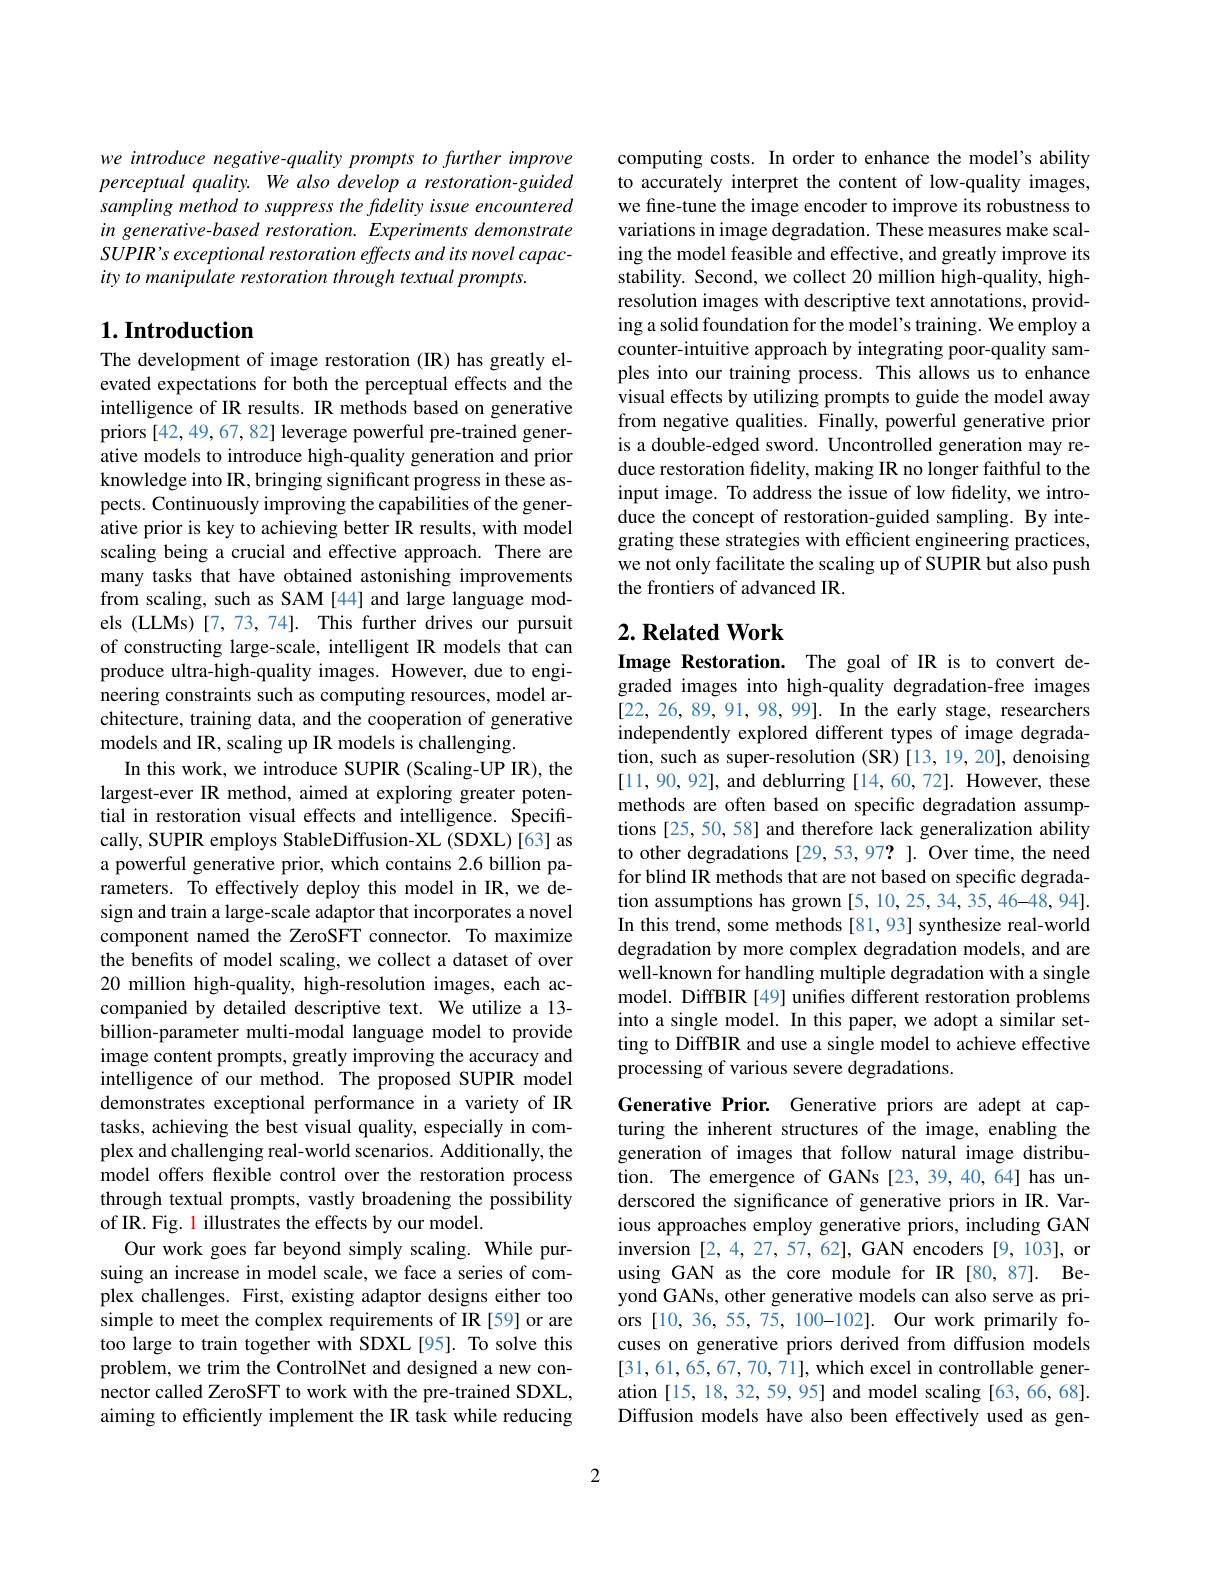
we introduce negative-quality prompts to further improve perceptual quality. We also develop a restoration-guided sampling method to suppress the fidelity issue encountered in generative-based restoration. Experiments demonstrate SUPIR' s exceptional restoration effects and its novel capacity to manipulate restoration through textual prompts.

## $1. \textbf{Introduction}$

The development of image restoration (IR) has greatly elevated expectations for both the perceptual effects and the intelligence of IR results. IR methods based on generative priors [42, 49, 67, 82] leverage powerful pre-trained generative models to introduce high-quality generation and prior knowledge into IR, bringing significant progress in these aspects. Continuously improving the capabilities of the generative prior is key to achieving better IR results, with model scaling being a crucial and effective approach. There are many tasks that have obtained astonishing improvements from scaling, such as SAM [44] and large language models (LLMs) [7,73,74]. This further drives our pursuit of constructing large-scale, intelligent IR models that can produce ultra-high-quality images. However, due to engineering constraints such as computing resources, model architecture, training data, and the cooperation of generative models and IR, scaling up IR models is challenging.
In this work, we introduce SUPIR (Scaling-UP IR), the largest-ever IR method, aimed at exploring greater potential in restoration visual effects and intelligence. Specifically, SUPIR employs StableDiffusion-XL (SDXL)[63] as a powerful generative prior, which contains 2.6 billion parameters. To effectively deploy this model in IR, we design and train a large-scale adaptor that incorporates a novel component named the ZeroSFT connector. To maximize the benefits of model scaling, we collect a dataset of over 20 million high-quality, high-resolution images, each accompanied by detailed descriptive text. We utilize a 13- billion-parameter multi-modal language model to provide image content prompts, greatly improving the accuracy and intelligence of our method. The proposed SUPIR model demonstrates exceptional performance in a variety of IR tasks, achieving the best visual quality, especially in complex and challenging real-world scenarios. Additionally, the model offers flexible control over the restoration process through textual prompts, vastly broadening the possibility of IR. Fig. 1 illustrates the effects by our model.
Our work goes far beyond simply scaling. While pursuing an increase in model scale, we face a series of complex challenges. First, existing adaptor designs either too simple to meet the complex requirements of IR [59] or are too large to train together with SDXL[95]. To solve this problem, we trim the ControlNet and designed a new connector called ZeroSFT to work with the pre-trained SDXL, aiming to efficiently implement the IR task while reducing

computing costs. In order to enhance the model's ability to accurately interpret the content of low-quality images, we fine-tune the image encoder to improve its robustness to variations in image degradation. These measures make scaling the model feasible and effective, and greatly improve its stability. Second, we collect 20 million high-quality, highresolution images with descriptive text annotations, providing a solid foundation for the model's training. We employ a counter- intuitive approach by integrating poor-quality samples into our training process. This allows us to enhance visual effects by utilizing prompts to guide the model away from negative qualities. Finally, powerful generative prior is a double-edged sword. Uncontrolled generation may reduce restoration fidelity, making IR no longer faithful to the input image. To address the issue of low fidelity, we introduce the concept of restoration-guided sampling. By integrating these strategies with efficient engineering practices, we not only facilitate the scaling up of SUPIR but also push the frontiers of advanced IR.

## $2. \textbf{ Related Work}$

Image Restoration. The goal of IR is to convert degraded images into high-quality degradation-free images [22,26,89,91,98,99]. In the early stage, researchers independently explored different types of image degradation, such as super-resolution (SR) [13, 19, 20], denoising [11,90,92], and deblurring [14,60,72]. However, these methods are often based on specific degradation assumptions [25, 50, 58] and therefore lack generalization ability to other degradations [29,53,97? ]. Over time, the need for blind IR methods that are not based on specific degradation assumptions has grown [5,10,25,34,35,46-48,94]. In this trend, some methods [81,93] synthesize real-world degradation by more complex degradation models, and are well-known for handling multiple degradation with a single model. DiffBIR[49] unifies different restoration problems into a single model. In this paper, we adopt a similar setting to DiffBIR and use a single model to achieve effective processing of various severe degradations.

Generative Prior. Generative priors are adept at capturing the inherent structures of the image, enabling the generation of images that follow natural image distribution. The emergence of GANs [23, 39, 40, 64] has underscored the significance of generative priors in IR. Various approaches employ generative priors, including GAN inversion [2,4,27,57,62], GAN encoders [9,103], or using GAN as the core module for IR [80,87]. Beyond GANs, other generative models can also serve as priors [10,36,55,75,100-102]. Our work primarily focuses on generative priors derived from diffusion models [31,61,65,67,70,71],which excel in controllable generation [15, 18, 32, 59, 95] and model scaling [63, 66, 68]. Diffusion models have also been effectively used as gen-

2